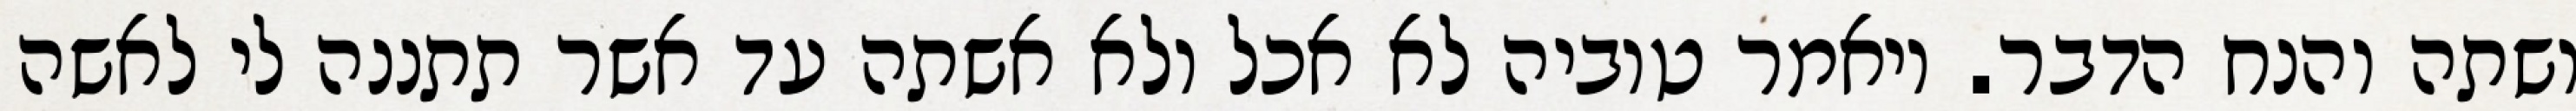
ושתה והנח הדבר. ויאמר טוביה לא אכל ולא אשתה עד אשר תתננה לי לאשה